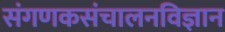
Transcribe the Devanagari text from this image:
संगणकसंचालनविज्ञान